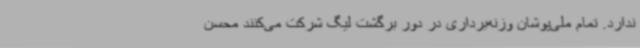
ندارد. تمام ملی‌پوشان وزنه‌برداری در دور برگشت لیگ شرکت می‌کنند محسن